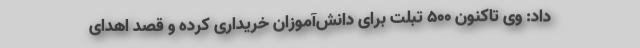
داد: وی تاکنون ۵۰۰ تبلت برای دانش‌آموزان خریداری کرده و قصد اهدای